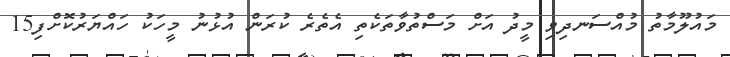
މައުލޫމާތު މުއްސަނދިވި މީދު އަށް މަސްތުވާތަކެތި އެތެރެ ކުރަން އުޅުނު މީހަކު ހައްޔަރުކޮށްފި15